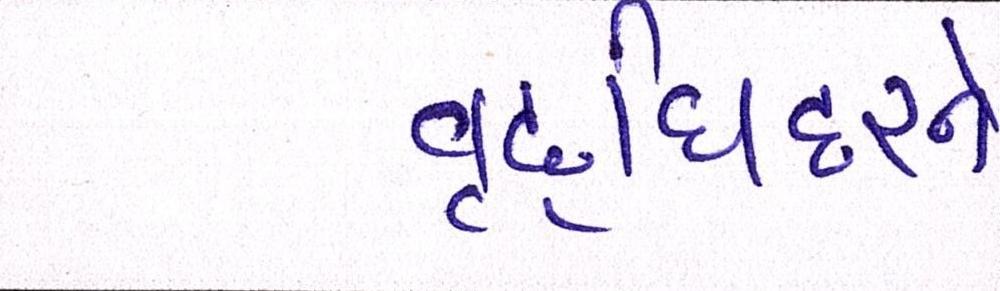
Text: વૃદ્ધિદરને